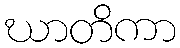
ဃာတိကာ